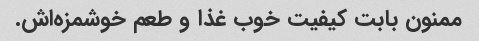
ممنون بابت کیفیت خوب غذا و طعم خوشمزه‌اش.